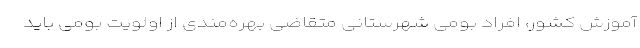
آموزش کشور، افراد بومی شهرستانی متقاضی بهره‌مندی از اولویت بومی باید